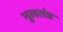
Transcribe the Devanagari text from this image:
भूलतंत्र